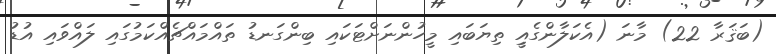
(ބަޤަރާ 22) މާނަ (އެކަލާންގެއިީ ތިޔަބައި މީހުންނަށްޓަކައި ބިންގަނޑު ތައްމައްޗެއްކަމުގައި ލައްވައި އުޑު